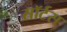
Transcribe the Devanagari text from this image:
सॉर्टस